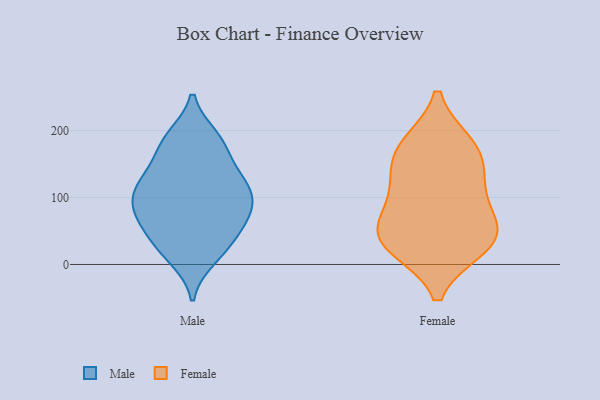
{"axis": {"x": "Demand Index", "y": "Value"}, "legend": ["Female", "Male"], "data": [{"x": "", "y": 90, "type": "Male"}, {"x": "", "y": 52, "type": "Male"}, {"x": "", "y": 59, "type": "Male"}, {"x": "", "y": 22, "type": "Male"}, {"x": "", "y": 85, "type": "Male"}, {"x": "", "y": 121, "type": "Male"}, {"x": "", "y": 80, "type": "Male"}, {"x": "", "y": 10, "type": "Male"}, {"x": "", "y": 31, "type": "Male"}, {"x": "", "y": 120, "type": "Male"}, {"x": "", "y": 190, "type": "Male"}, {"x": "", "y": 152, "type": "Male"}, {"x": "", "y": 119, "type": "Male"}, {"x": "", "y": 82, "type": "Male"}, {"x": "", "y": 185, "type": "Male"}, {"x": "", "y": 121, "type": "Male"}, {"x": "", "y": 180, "type": "Male"}, {"x": "", "y": 178, "type": "Female"}, {"x": "", "y": 64, "type": "Female"}, {"x": "", "y": 175, "type": "Female"}, {"x": "", "y": 47, "type": "Female"}, {"x": "", "y": 107, "type": "Female"}, {"x": "", "y": 39, "type": "Female"}, {"x": "", "y": 27, "type": "Female"}, {"x": "", "y": 156, "type": "Female"}, {"x": "", "y": 32, "type": "Female"}, {"x": "", "y": 117, "type": "Female"}]}